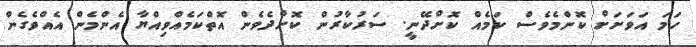
ހަމަ އަވަށަށް ކޮންމެވެސް ކަމެއް ކޮށްދޭނީ. ސަރުކާރުން ކޮށްދެވެން އޮތްކަމެއްވިއްޔާ އެންމެން އެއްވެގެން